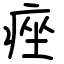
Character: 痤